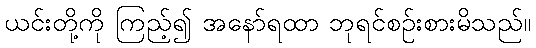
ယင်းတို့ကို ကြည့်၍ အနော်ရထာ ဘုရင်စဉ်းစားမိသည်။